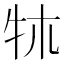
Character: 𤘱